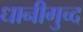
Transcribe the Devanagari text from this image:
धानीगुच्द